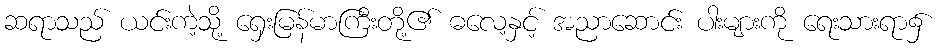
ဆရာသည် ယင်းကဲ့သို့ ရှေးမြန်မာကြီးတို့၏ ဓလေ့နှင့် အညာဆောင်း ပါးများကို ရေးသားရာ၌